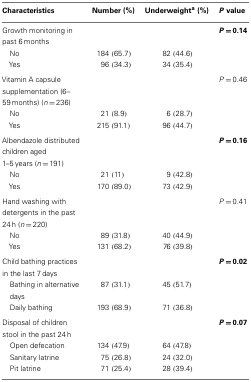
<table><thead><tr><td><b>Characteristics</b></td><td><b>Number (%)</b></td><td><b>Underweight<sup>a</sup> (%)</b></td><td><b><i>P</i> value</b></td></tr></thead><tbody><tr><td>Growth monitoring in past 6 months</td><td></td><td></td><td><b><i>P</i> = 0.14</b></td></tr><tr><td> No</td><td>184 (65.7)</td><td>82 (44.6)</td><td></td></tr><tr><td> Yes</td><td>96 (34.3)</td><td>34 (35.4)</td><td></td></tr><tr><td>Vitamin A capsule supplementation (6–59 months) (<i>n</i> = 236)</td><td></td><td></td><td><i>P</i> = 0.46</td></tr><tr><td> No</td><td>21 (8.9)</td><td>6 (28.7)</td><td></td></tr><tr><td> Yes</td><td>215 (91.1)</td><td>96 (44.7)</td><td></td></tr><tr><td>Albendazole distributed children aged 1–5 years (<i>n</i> = 191)</td><td></td><td></td><td><b><i>P</i> = 0.16</b></td></tr><tr><td> No</td><td>21 (11)</td><td>9 (42.8)</td><td></td></tr><tr><td> Yes</td><td>170 (89.0)</td><td>73 (42.9)</td><td></td></tr><tr><td>Hand washing with detergents in the past 24 h (<i>n</i> = 220)</td><td></td><td></td><td><i>P</i> = 0.41</td></tr><tr><td> No</td><td>89 (31.8)</td><td>40 (44.9)</td><td></td></tr><tr><td> Yes</td><td>131 (68.2)</td><td>76 (39.8)</td><td></td></tr><tr><td>Child bathing practices in the last 7 days</td><td></td><td></td><td><b><i>P</i> = 0.02</b></td></tr><tr><td> Bathing in alternative days</td><td>87 (31.1)</td><td>45 (51.7)</td><td></td></tr><tr><td> Daily bathing</td><td>193 (68.9)</td><td>71 (36.8)</td><td></td></tr><tr><td>Disposal of children stool in the past 24 h</td><td></td><td></td><td><b><i>P</i> = 0.07</b></td></tr><tr><td> Open defecation</td><td>134 (47.9)</td><td>64 (47.8)</td><td></td></tr><tr><td> Sanitary latrine</td><td>75 (26.8)</td><td>24 (32.0)</td><td></td></tr><tr><td> Pit latrine</td><td>71 (25.4)</td><td>28 (39.4)</td><td></td></tr></tbody></table>